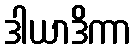
ဒါယာဒိကာ